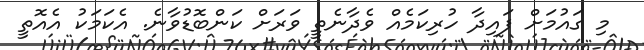
މި ގައުމަށް ފައިދާ ހުރިކަމެއް ވެދާނެތީ ވަރަށް ކަންބޮޑުވާނެ. އެކަމަކު އެއޮތީ